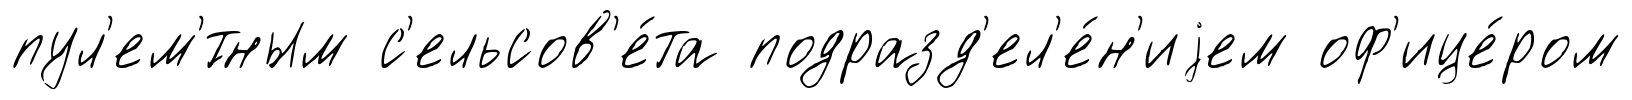
пул'ем'́тным с'ельсов'е́та подразд'ел'е́н'иjем оф'ице́ром